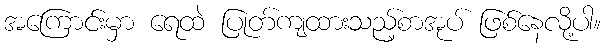
အကြောင်းမှာ ရေထဲ ပြုတ်ကျထားသည့်စာအုပ် ဖြစ်နေလို့ပါ။